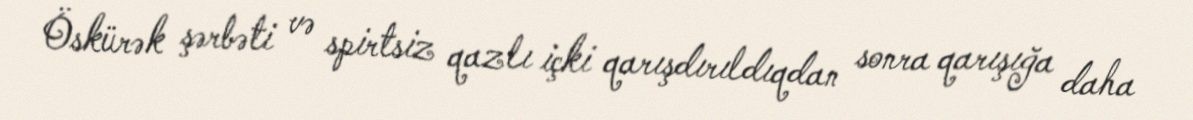
Öskürək şərbəti və spirtsiz qazlı içki qarışdırıldıqdan sonra qarışığa daha